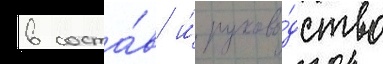
в соста́в и́ руково́дство